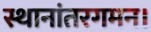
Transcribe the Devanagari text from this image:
स्थानांतरगमन।